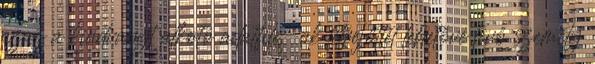
azaz a kiadványt alkotó adatfile-ok létrejöttét lehetővé tevő személy